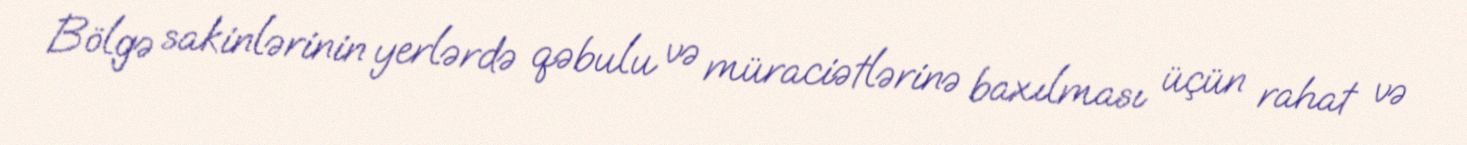
Bölgə sakinlərinin yerlərdə qəbulu və müraciətlərinə baxılması üçün rahat və